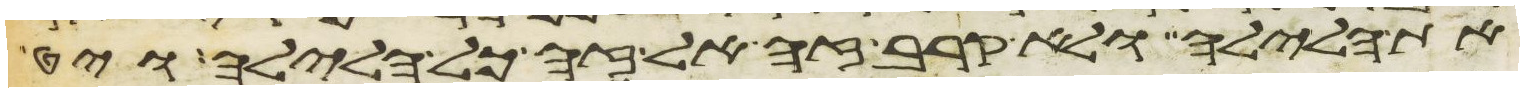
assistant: את הלילה ולא קרב זה אל זה כל הלילה ויט